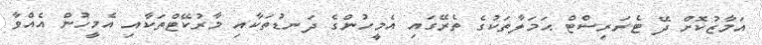
އަމާޒުކޮށް ދޭ ޓެރަރިސްޓް ޙަމަލާތަކުގެ ތެރޭގައި އެމީހުންގެ ދަނޑުތަކާއި މާރުކޭޓްތަކާއި އެމީހުން އެއްވާ